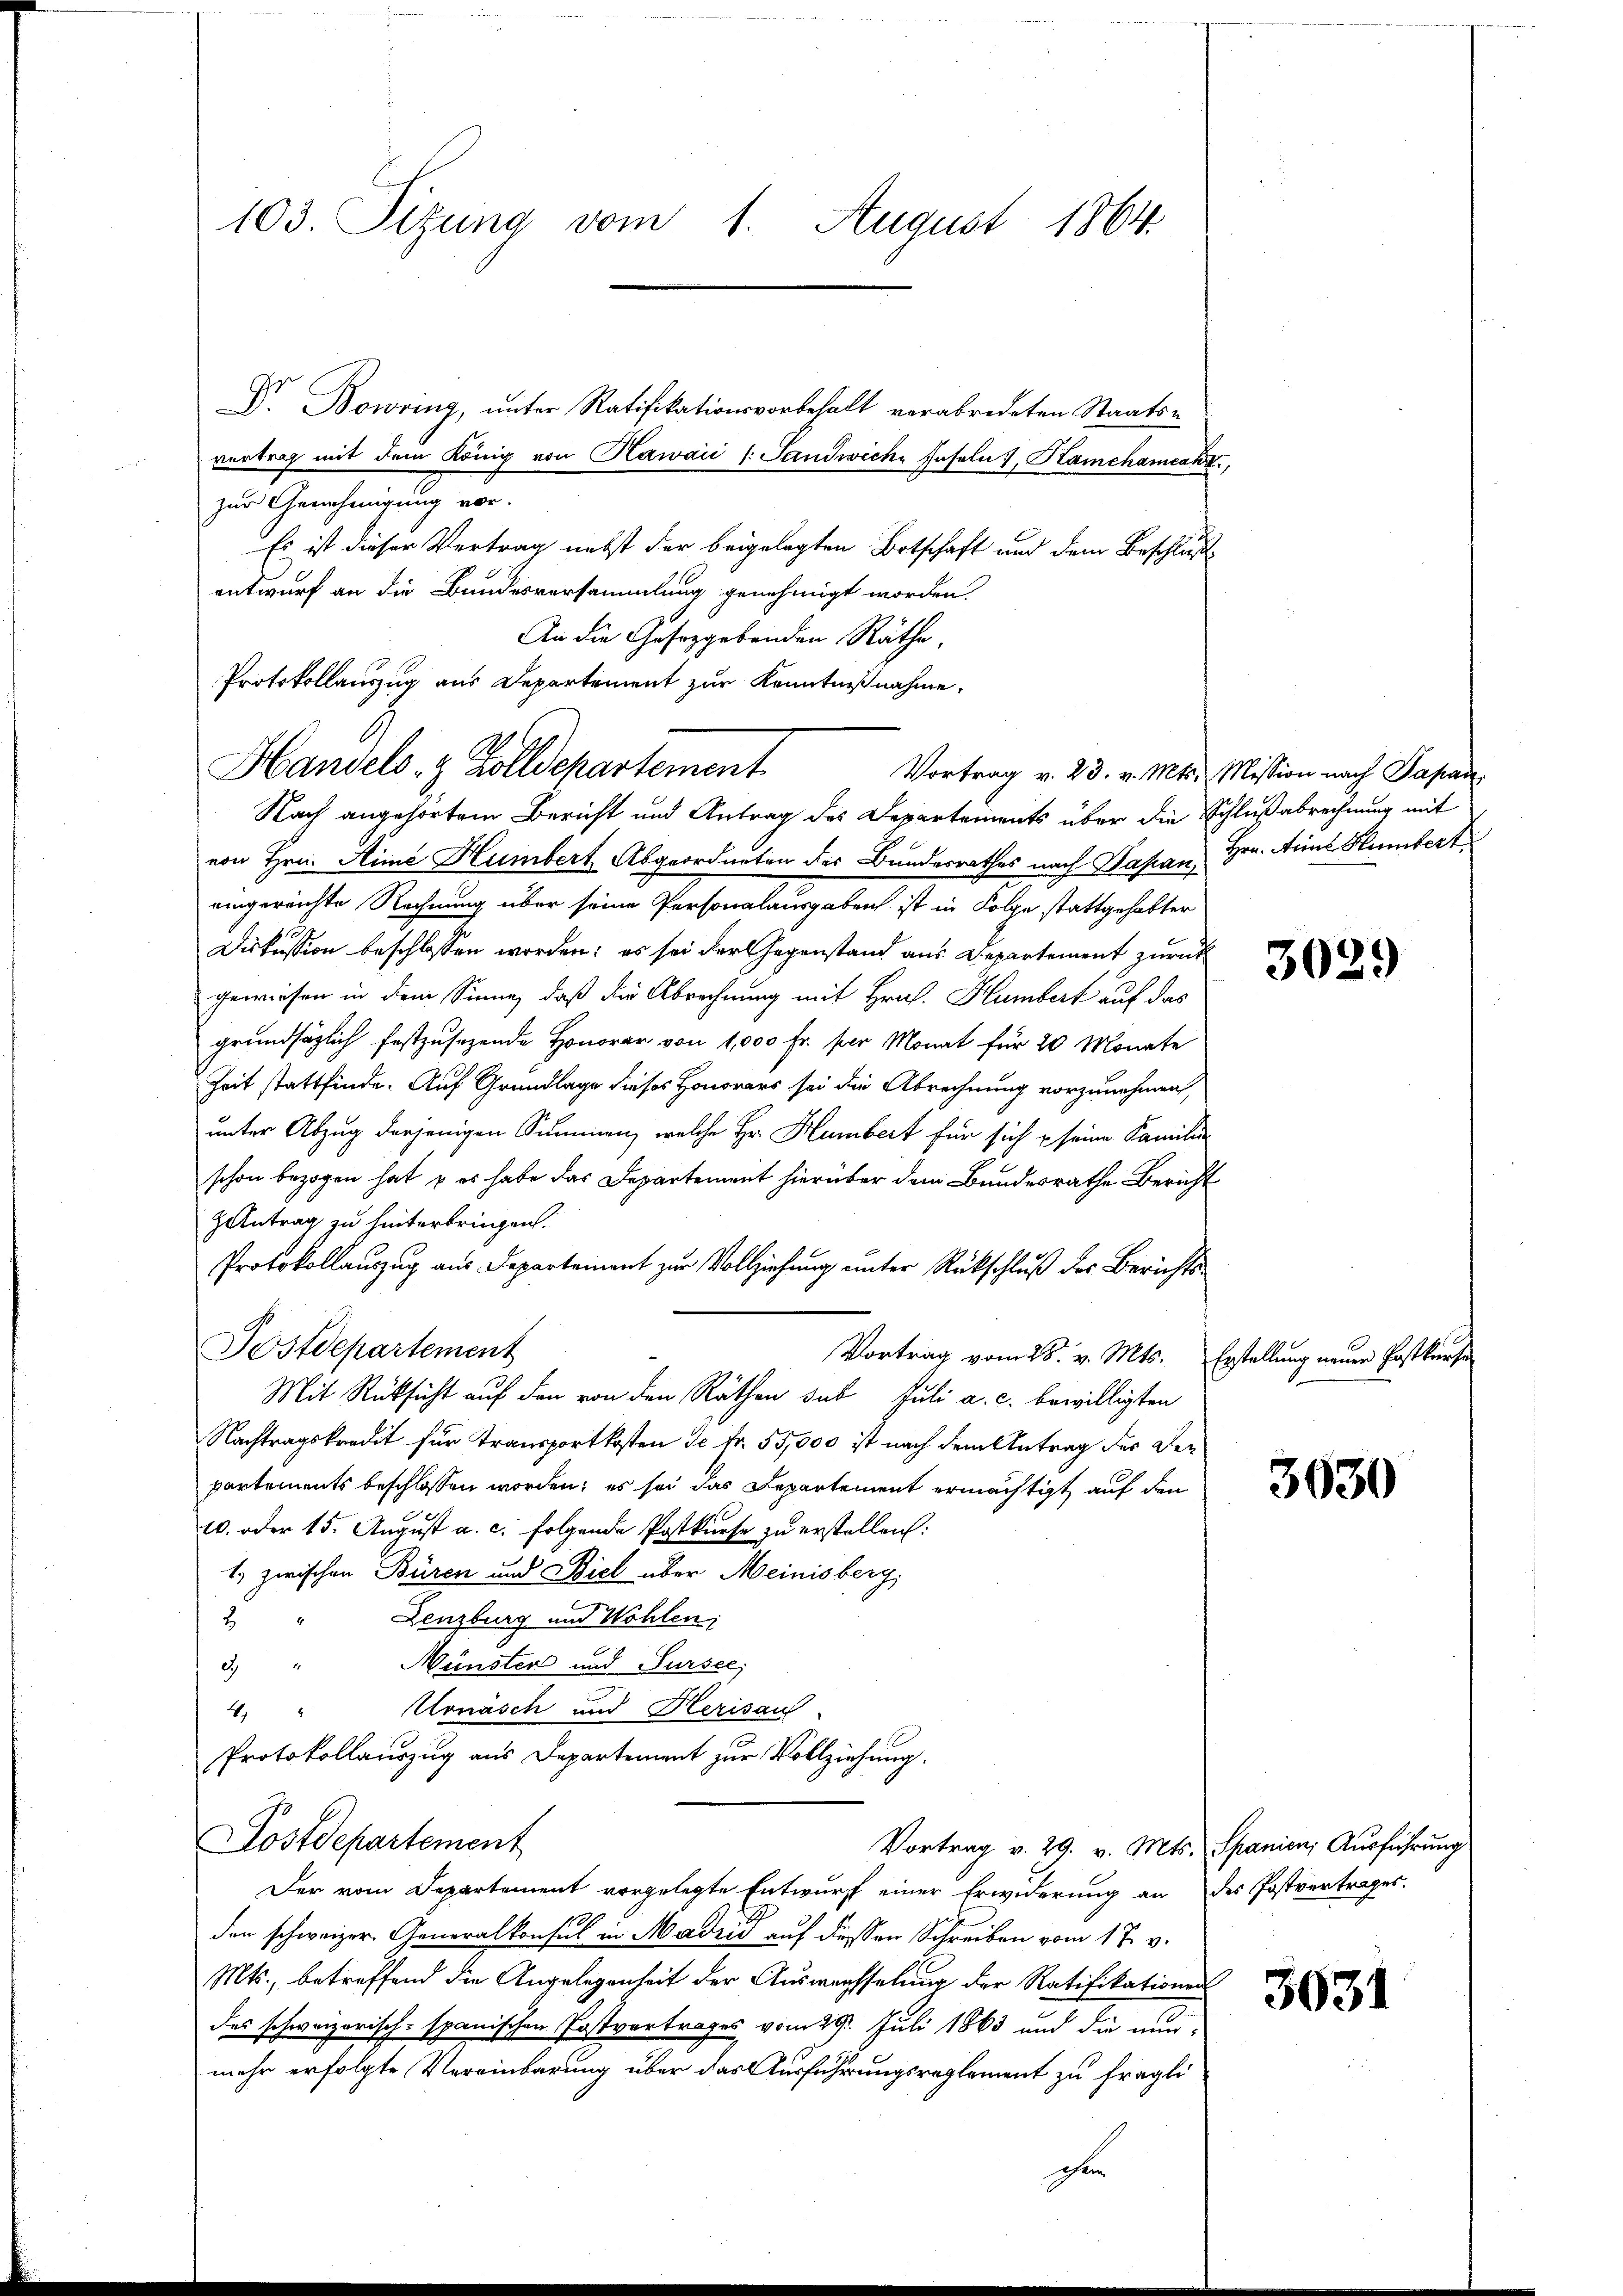
103. Sitzung vom 1. August 1864.

Dr. Bowring, unter Ratifikationsvorbehalt verabredeten Staatsvertrag mit dem König von Kawaii (Sanwiche Faseln, Kamchamecht,
zur Genehmigung vor.
Es ist dieser Vertrag nebst der beigelegten Botschaft und dem Beschluß
entwurf an die Bundesversammlung genehmigt worden.
An die Gesetzgebenden Räthe,
Protokollauszug aus Departement zur Kenntnißnahme,

Handels- & Zolldepartement
Vortrag v. 23. v. Mts. Mission nach Papan

Nach angehörtem Bericht und Antrag des Departements über die Schlußabrechnung mit
von Hrn. Sime Humbert Abgeordneten des Bundesrathes nach Japan, Hrn. Anna Humbert
eingereichte Rechnung über seine Personalausgaben ist in Folge stattgehabter
Diskussion beschlossen worden; es sei der Gegenstand aus Departement zurück
gewiesen in dem Sinne, daß die Abrechnung mit Hraf. Humbert auf das
grundsäglich festzŭsezende Honorar von 1,000 Fr. per Monat für 20 Monate
Zeit stattfinde. Auf Grundlage dieses Honorars sei die Abrechnung vorzunehmen,
unter Abzug derjenigen Summen, welche Hr. Humbert für sich u seine Familien
schon bezogen hat, u es habe das Departement hierüber dem Bundesrathe Bericht
Zantrag zu hinterbringen.
Protokollauszug aus Departement zur Vollziehung unter Rückschluß des Berichts¬
Postdepartement
Vortrag vom 28. v. Mts. Erstellung neuer Postkurse
Mit Rücksicht auf den von den Räthen sub Juli a. c. bewilligten
Nachtragskredit für Transportkosten de fr. 55,000 ist nach dem Antrag des der
partements beschlossen worden; es sei das Departement ermächtigt auf den
10. oder 15. August a. c. folgende Postkurse zu erstellen:
1.) zwischen Büren und Biel über Meinisberg,
Lenzburg und Wohlen;
8
3.) " Münster und Sursee,
Urnäsch und Kerisau
4
Protokollauszug aus Departement zur Vollziehung.
Postdepartement
Vortrag v. 29. v. Mts. Spanien, Ausführung
Der vom Departement vorgelegte Entwurf einer Erwiderung an des Postvertrages
den schweizer Generalkonsul in Madris auf dessen Schreiben vom 17. v.
Mts., betreffend die Angelegenheit der Auswechselung der Ratifikationen
des schweizerisch-spanischen Postvertrages vom 29. Juli 1863 und die nunmehr erfolgte Vereinbarung über das Ausführungsreglement zu fraglichen

3029

3630

3031